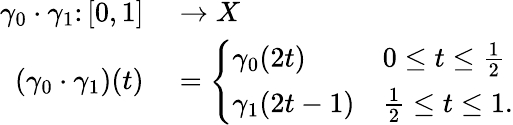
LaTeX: \begin{array}{rl}{\gamma_{0}\cdot\gamma_{1}\colon[0,1]}&{{}\to X}\\ {(\gamma_{0}\cdot\gamma_{1})(t)}&{{}={\left\{ \begin{array}{ll}{\gamma_{0}(2t)}&{0\leq t\leq{\frac{1}{2}}}\\ {\gamma_{1}(2t-1)}&{{\frac{1}{2}}\leq t\leq 1.}\end{array}\right.}}\end{array}